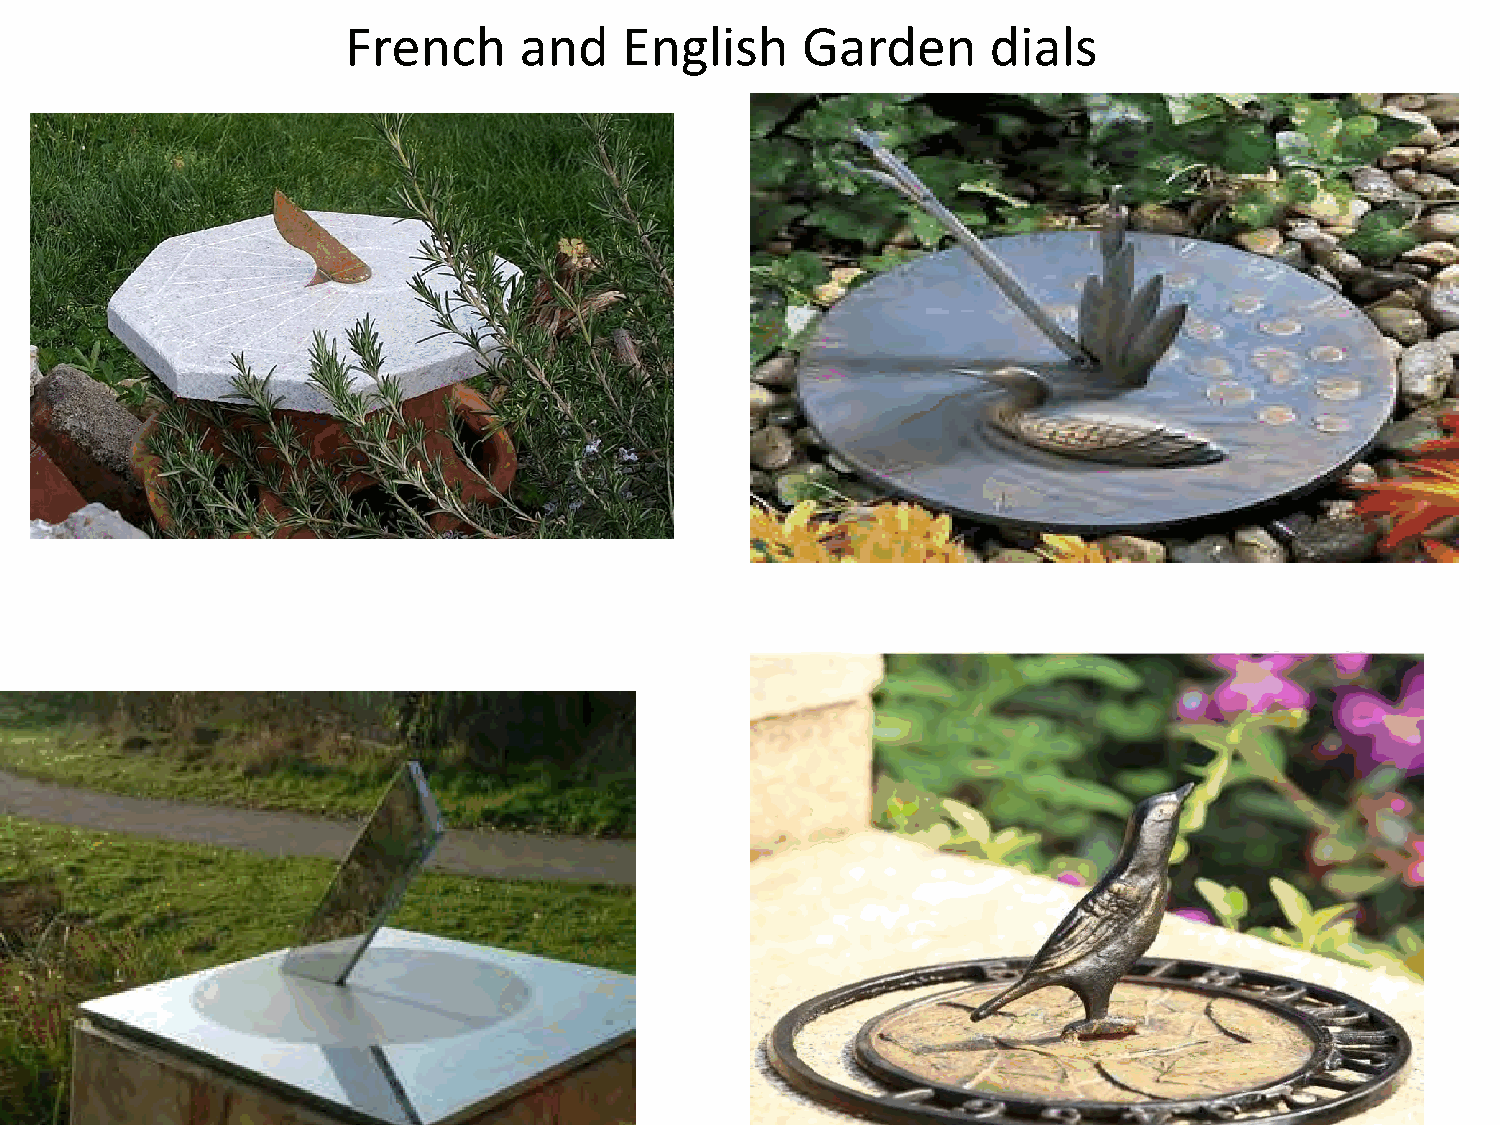
French     and    English     Garden       dials